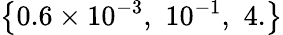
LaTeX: \left\{ 0.6\times 10^{-3},\, \, 10^{-1},\, \, 4.\right\}